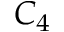
C _ { 4 }